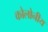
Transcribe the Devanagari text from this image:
कोलोनीय